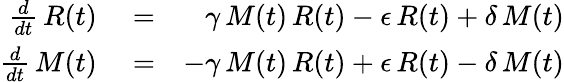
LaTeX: \begin{array}{rlr}{\frac{d}{dt}\, R(t)}&{{}=}&{\gamma\, M(t)\, R(t)-\epsilon\, R(t)+\delta\, M(t)}\\ {\frac{d}{dt}\, M(t)}&{{}=}&{-\gamma\, M(t)\, R(t)+\epsilon\, R(t)-\delta\, M(t)}\end{array}